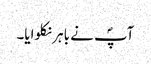
آپؐ نے باہر نکلوایا۔